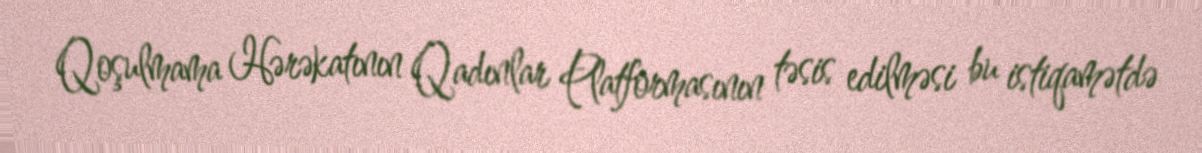
Qoşulmama Hərəkatının Qadınlar Platformasının təsis edilməsi bu istiqamətdə